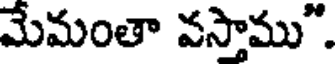
మేమంతా వస్తాము".